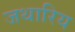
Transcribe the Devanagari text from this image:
जथारिय